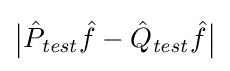
{\big |}{\hat {P}}_{\mathit {test}}{\hat {f}}-{\hat {Q}}_{\mathit {test}}{\hat {f}}{\big |}